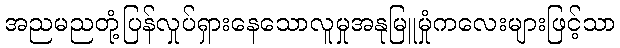
အညမညတုံ့ပြန်လှုပ်ရှားနေသောလူမှုအနုမြူမှုံကလေးများဖြင့်သာ